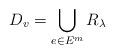
LaTeX: \begin{align*}D_v=\bigcup_{e\in E^m} R_\lambda\end{align*}